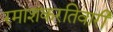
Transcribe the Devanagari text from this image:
रमाशंकरतिवारी